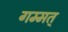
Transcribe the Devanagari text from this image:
गम्मत्